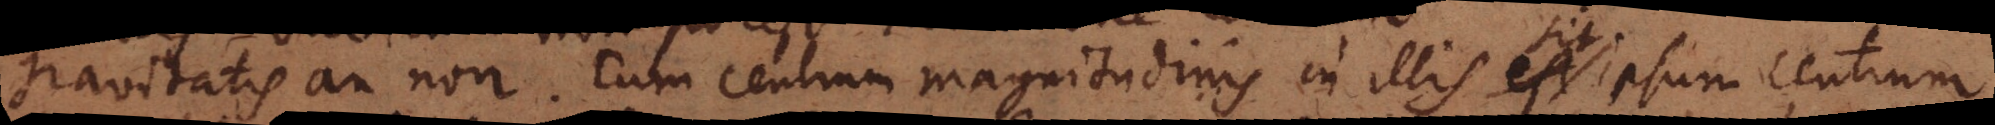
gravitatis an non. Cum centrum magnitudinis in illis sit ipsum centrum